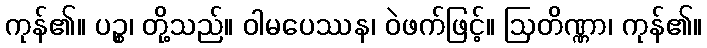
ကုန်၏။ ပဉ္စ၊ တို့သည်။ ဝါမပေဿန၊ ဝဲဖက်ဖြင့်။ ဩတိဏ္ဏာ၊ ကုန်၏။